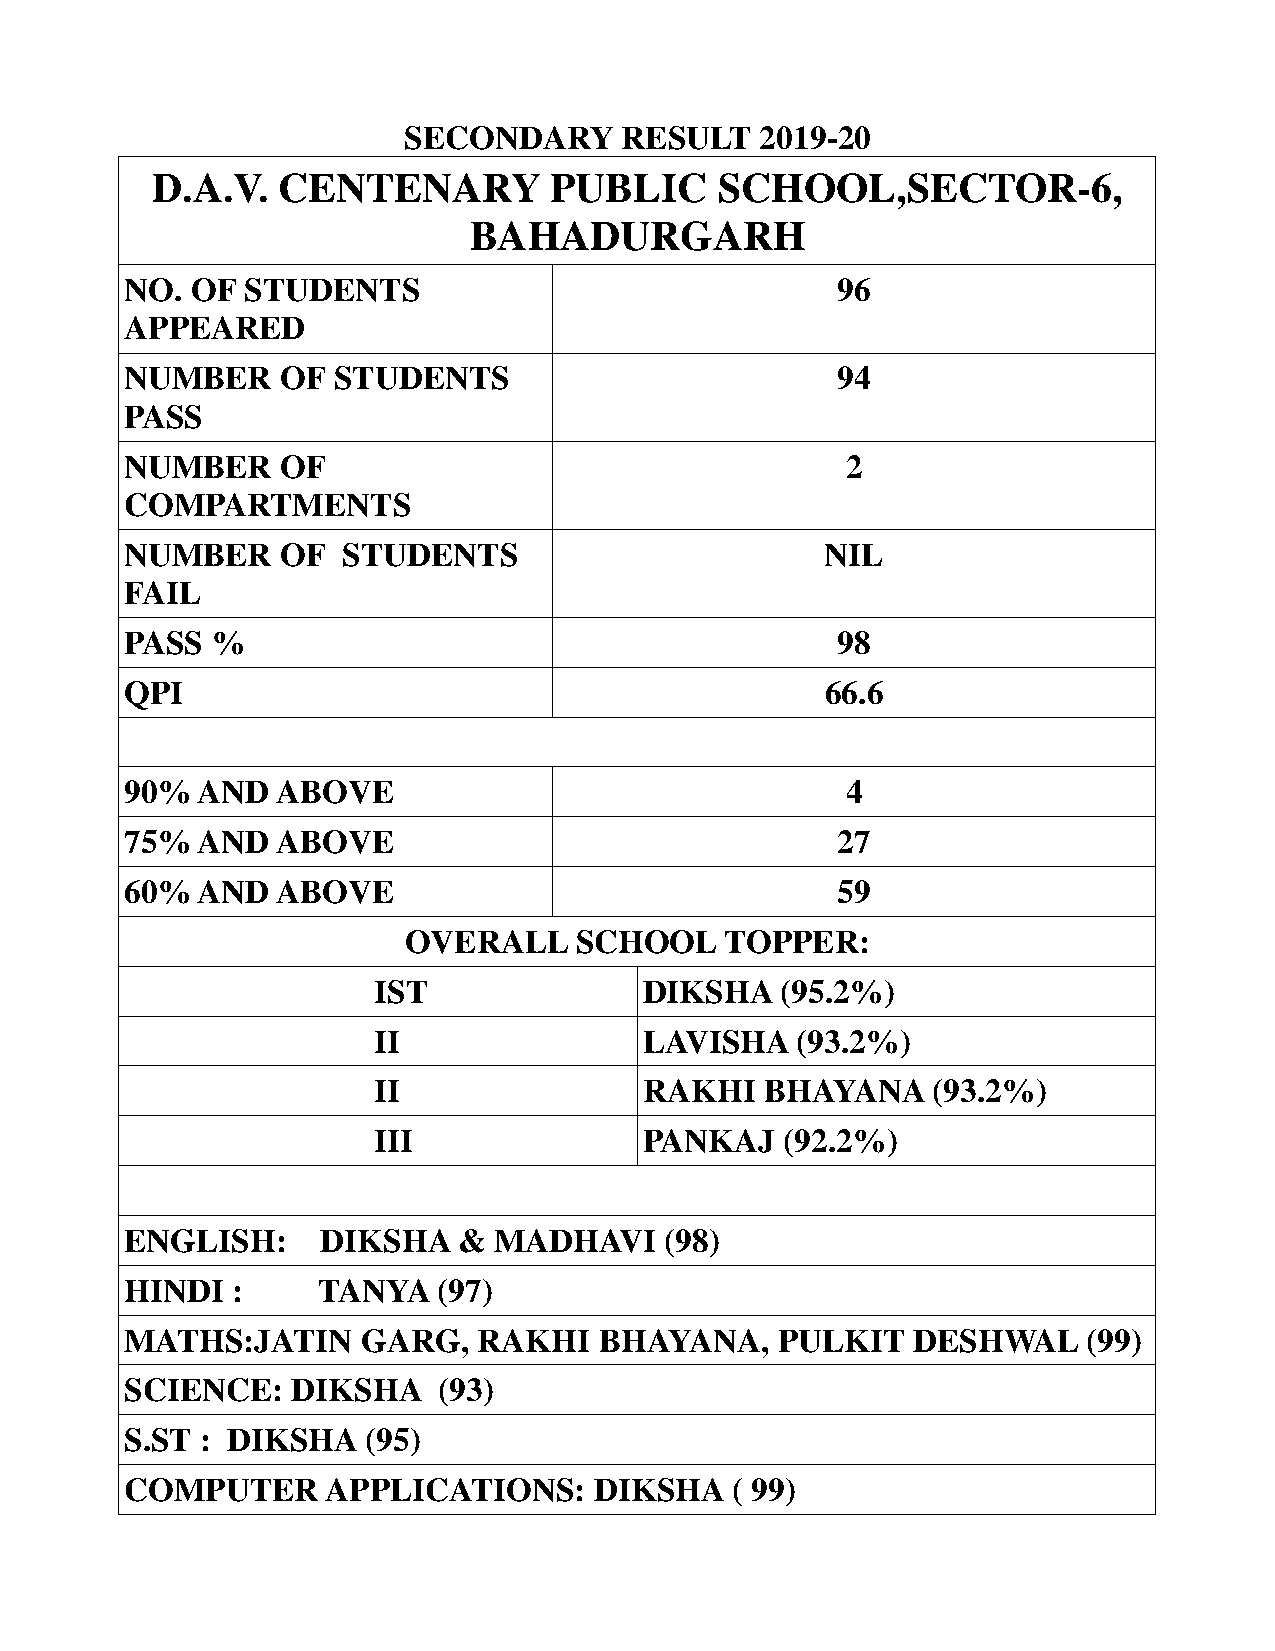
SECONDARY     RESULT   2019-20
 D.A.V.  CENTENARY         PUBLIC      SCHOOL,SECTOR-6,
 BAHADURGARH
 NO.  OF STUDENTS                               96
 APPEARED
 NUMBER     OF STUDENTS                         94
 PASS
 NUMBER     OF                                   2
 COMPARTMENTS
 NUMBER     OF  STUDENTS                        NIL
 FAIL
 PASS  %                                        98
 QPI                                            66.6
 90%  AND  ABOVE                                 4
 75%  AND  ABOVE                                27
 60%  AND  ABOVE                                59
 OVERALL    SCHOOL    TOPPER:
 IST               DIKSHA   (95.2%)
 II                LAVISHA   (93.2%)
 II                RAKHI   BHAYANA    (93.2%)
 III               PANKAJ   (92.2%)
 ENGLISH:     DIKSHA   &  MADHAVI    (98)
 HINDI  :     TANYA   (97)
 MATHS:JATIN     GARG,   RAKHI   BHAYANA,   PULKIT   DESHWAL     (99)
 SCIENCE:   DIKSHA    (93)
 S.ST : DIKSHA   (95)
 COMPUTER      APPLICATIONS:    DIKSHA   ( 99)